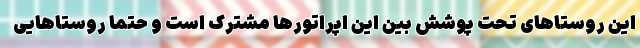
این روستاهای تحت پوشش بین این اپراتورها مشترک است و حتما روستاهایی